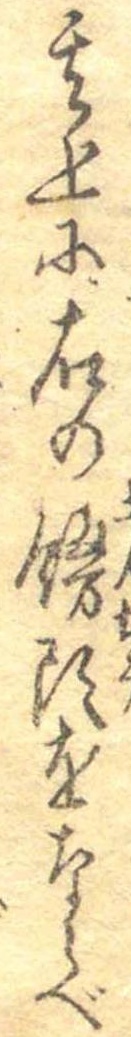
其上に右の饅頭をならべ